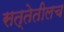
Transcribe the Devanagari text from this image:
सत्तेतीलच